Report on vaccination in Madras 1877-1894 - 1877-1894
Year: 1877
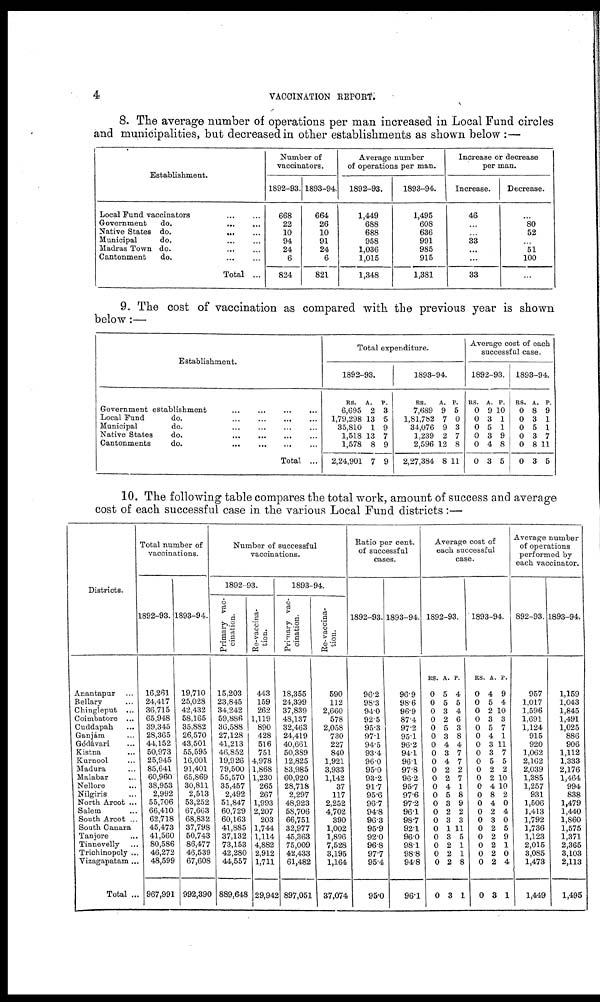
4
VACCINATION REPORT
8. The average number of operations per man increased in Local Fund circles
and municipalities, but decreased in other establishments as shown below :—
Establishment.
Local Fund vaccinators
...
...
Government
do.
...
...
Native States do.
...
...
Municipal
do. ... ...
Madras Town do.
...
...
Cantonment
do. ... ...
Total ... ...
Number of
vaccinators.
1892-93.
668
22
10
94
24
6
824
1893-94.
664
26
10
91
24
6
821
Average number
of operations per man.
1892-93.
1,449
688
688
958
1,036
1,015
1,348
1893-94.
1,495
608
636
991
985
915
1,381
Increase or decrease
per man.
Increase.
46
...
... 33
...
...
33
Decrease.
...
80
52
...
51
100
...
9. The cost of vaccination as compared with the previous year is shown
below:—
Establishment.
Government establishment ... ... ... ...
Local Fund
do.
...
...
...
...
Municipal
do. ... ... ... ...
Native States
do.
...
...
...
...
Cantonments
do.
...
...
...
...
Total ...
Total expenditure.
1892-93.
RS.
6,695
1,79,298
35,810
1,518
1,578
2,24,901
A.
2
13
1
13
8
7
P.
3
5
9
7
9
9
1893-94.
RS.
7,689
1,81,782
34,076
1,239
2,596
2,27,384
A.
9
7
9
2
12
8
P.
5
0
3
7
8
11
Average cost of each
successful case.
1892-93.
RS.
0
0
0
0
0
0
A.
9
3
5
3
4
3
P.
10
1
1
9
8
5
1893-94.
RS.
0
0
0
0
0
0
A.
8
3
5
3
8
3
P.
9
1
1
7
11
5
10. The following table compares the total work, amount of success and average
cost of each successful case in the various Local Fund districts:—
Districts.
Anantapur ...
Bellary ...
Chingleput ...
Coimbatore ...
Cuddapah ...
Ganjám ...
Gòdávari ...
Kistna ...
Kurnool ...
Madura ...
Malabar ...
Nellore ...
Nilgiris ...
North Arcot ...
Salem ...
South Arcot ...
South Canara
Tanjore ...
Tinnevelly ...
Trichinopoly ...
Vizagapatam...
Total ..
Total number of
vaccinations.
1892-93.
16,261
24,417
36,715
65,948
39,345
28,365
44,152
50,973
25,945
85,641
60,960
38,953
2,992
55,706
66,410
62,718
45,473
41,560
80,586
46,272
48,599
967,991
1893-94.
19,710
25,028
42,432
58,165
35,882
26,570
43,501
55,595
16,001
91,401
65,869
30,811
2,513
53,252
67,663
68,832
37,798
50,743
86,477
46,539
67,608
992,390
Number of successful
vaccinations.
1892-93.
Primary vac-
cination.
15,203
23,845
34,242
59,886
36,588
27,128
41,213
46,852
19,926
79,500
55,570
35,457
2,492
51,847
60,729
60,163
41,885
37,132
73,153
42,280
44,557
889,648
Re-vaccina-
tion.
443
159
262
1,119
890
428
516
751
4,978
1,868
1,230
265
267
1,993
2,207
203
1,744
1,114
4,882
2,912
1,711
29,942
1893-94.
Primary vac-
cination.
18,355
24,399
37,839
48,137
32,463
24,419
40,661
50,389
12,825
83,985
60,920
28,718
2,297
48,923
58,706
66,751
32,977
45,363
75,009
42,433
61,482
897,051
Re-vaccina-
tion.
590
112
2,660
578
2,058
730
227
840
1,921
3,933
1,142
37
117
2,252
4,702
390
1,002
1,896
7,528
3,195
1,164
37,074
Ratio per cent.
of successful
cases.
1892-93.
96.2
98.3
94.0
92.5
95.3
97.1
94.5
93.4
96.0
95.0
93.2
91.7
95.6
96.7
94.8
96.3
95.9
92.0
96.8
97.7
95.4
95.0
1893-94.
96.9
98.6
96.9
87.4
97.2
95.1
96.2
94.1
96.1
97.8
96.2
95.7
97.6
97.2
96.1
98.7
92.1
96.0
98.1
98.8
94.8
96.1
Average cost of
each successful
case.
1892-93.
RS.
0
0
0
0
0
0
0
0
0
0
0
0
0
0
0
0
0
0
0
0
0
0
A.
5
5
3
2
5
3
4
3
4
2
2
4
5
3
2
3
1
3
2
2
2
3
P.
4
5
4
6
3
8
4
7
7
2
7
1
8
9
2
3
11
5
1
1
8
1
1893-94.
RS.
0
0
0
0
0
0
0
0
0
0
0
0
0
0
0
0
0
0
0
0
0
0
A.
4
5
2
3
5
4
3
3
5
2
2
4
8
4
2
3
2
2
2
2
2
3
P.
9
4
10
3
7
1
11
7
5
2
10
10
2
0
4
0
5
9
1
0
4
1
Average number
of operations
performed by
each vaccinator.
1892-93.
957
1,017
1,596
1,691
1,124
915
920
1,062
2,162
2,039
1,385
1,257
931
1,506
1,413
1,792
1,736
1,123
2,015
3,085
1,473
1,449
1893-94.
1,159
1,043
1,845
1,491
1,025
886
906
1,112
1,333
2,176
1,464
994
838
1,479
1,440
1,860
1,575
1,371
2,365
3,103
2,113
1,495